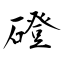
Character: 磴